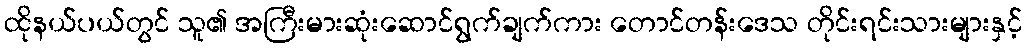
ထိုနယ်ပယ်တွင် သူ၏ အကြီးမားဆုံးဆောင်ရွက်ချက်ကား တောင်တန်းဒေသ တိုင်းရင်းသားများနှင့်